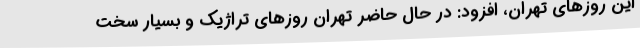
این روزهای تهران، افزود: در حال حاضر تهران روزهای تراژیک و بسیار سخت